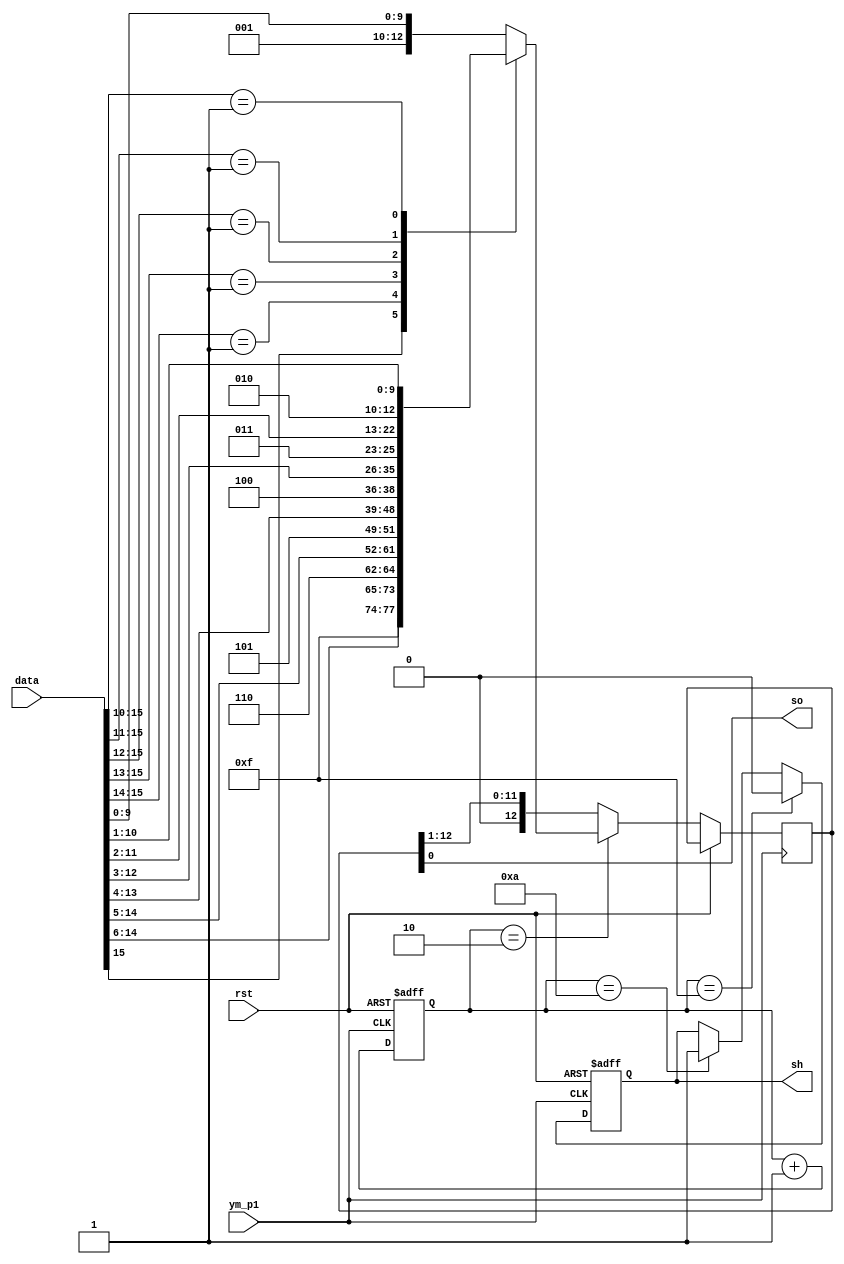
module sh_encode(
	input rst,
	input ym_p1,
	input [15:0] data,
	output reg sh,
	output so
);
	reg [12:0] serial_data;
	reg [3:0] cnt;
	assign so = serial_data[0];	
	always @(posedge rst or posedge ym_p1) begin
		if( rst ) begin
			sh <= 1'b0;			
			cnt <= 0;
		end
		else begin			
			cnt <= cnt + 1'b1;
			if( cnt==4'd2 ) begin
				casex( data[15:10] )
					6'b1XXXXX: serial_data <= { 3'd7, data[15:6]}; 
					6'b01XXXX: serial_data <= { 3'd6, data[14:5]}; 
					6'b001XXX: serial_data <= { 3'd5, data[13:4]}; 
					6'b0001XX: serial_data <= { 3'd4, data[12:3]}; 
					6'b00001X: serial_data <= { 3'd3, data[11:2]}; 
					6'b000001: serial_data <= { 3'd2, data[10:1]}; 
					default:   serial_data <= { 3'd1, data[ 9:0]}; 
				endcase
			end
			else serial_data <= serial_data>>1;
			if( cnt==4'd10 ) sh<=1'b1;
			if( cnt==4'd15 ) sh<=1'b0;
		end
	end
endmodule